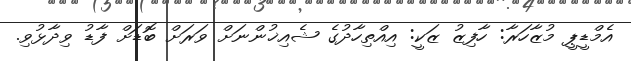
އެމްޑީޕީ މުޒާހަރާ: ހާފިޒު ޒަކީ: އިއްތިހާދުގެ ޝެއިޚުންނަށް ވަރަށް ބޮޑަށް ފާޑު ވިދާޅުވި.